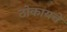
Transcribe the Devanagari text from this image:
ठोकायचे